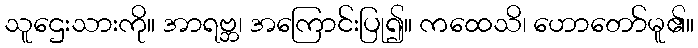
သူဌေးသားကို။ အာရဗ္ဘ၊ အကြောင်းပြု၍။ ကထေသိ၊ ဟောတော်မူ၏။